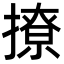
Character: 撩